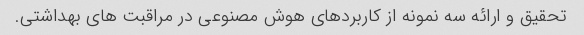
تحقیق و ارائه سه نمونه از کاربردهای هوش مصنوعی در مراقبت های بهداشتی.